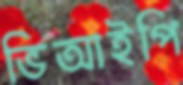
ভিআইপি